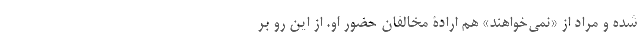
شده و مراد از «نمی‌خواهند» هم ارادۀ مخالفان حضور او. از این رو بر